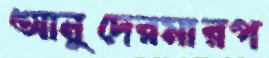
আনুদেরমারপ